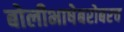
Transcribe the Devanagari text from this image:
बोलीभाषेबरोबरच